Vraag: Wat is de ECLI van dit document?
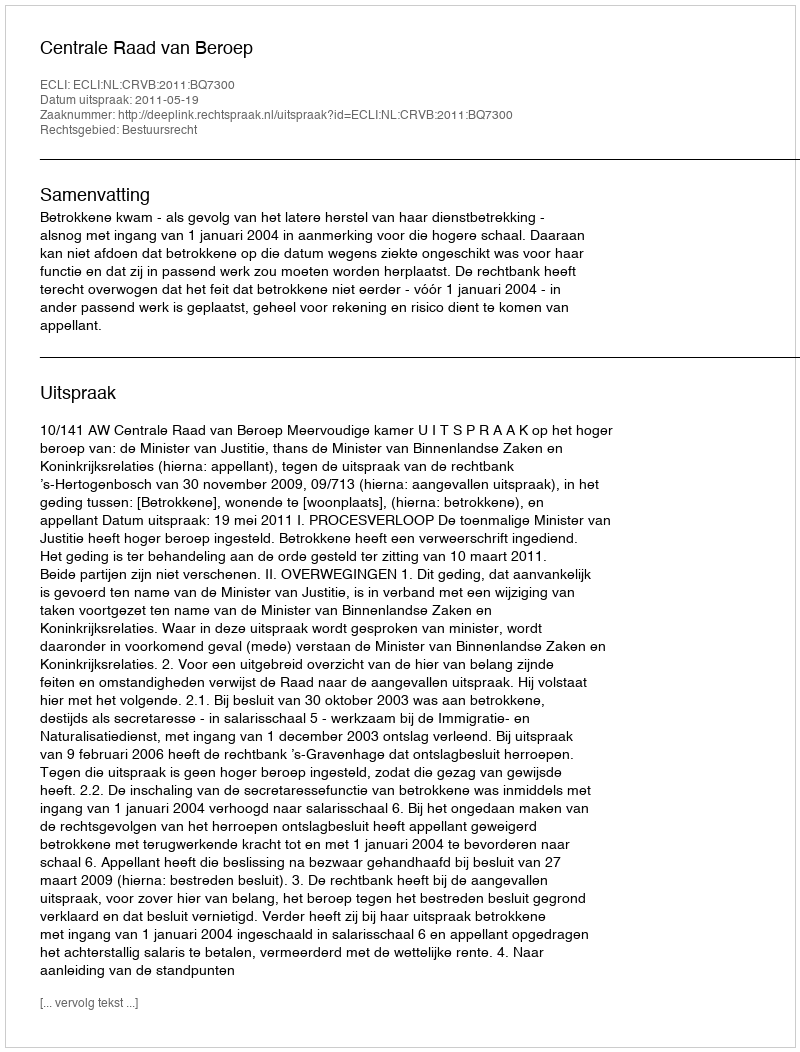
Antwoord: ECLI:NL:CRVB:2011:BQ7300